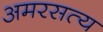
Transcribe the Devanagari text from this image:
अमरसत्य